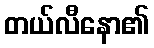
တယ်လီနော၏